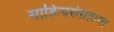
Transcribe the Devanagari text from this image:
साहित्यसंग्रहाचा